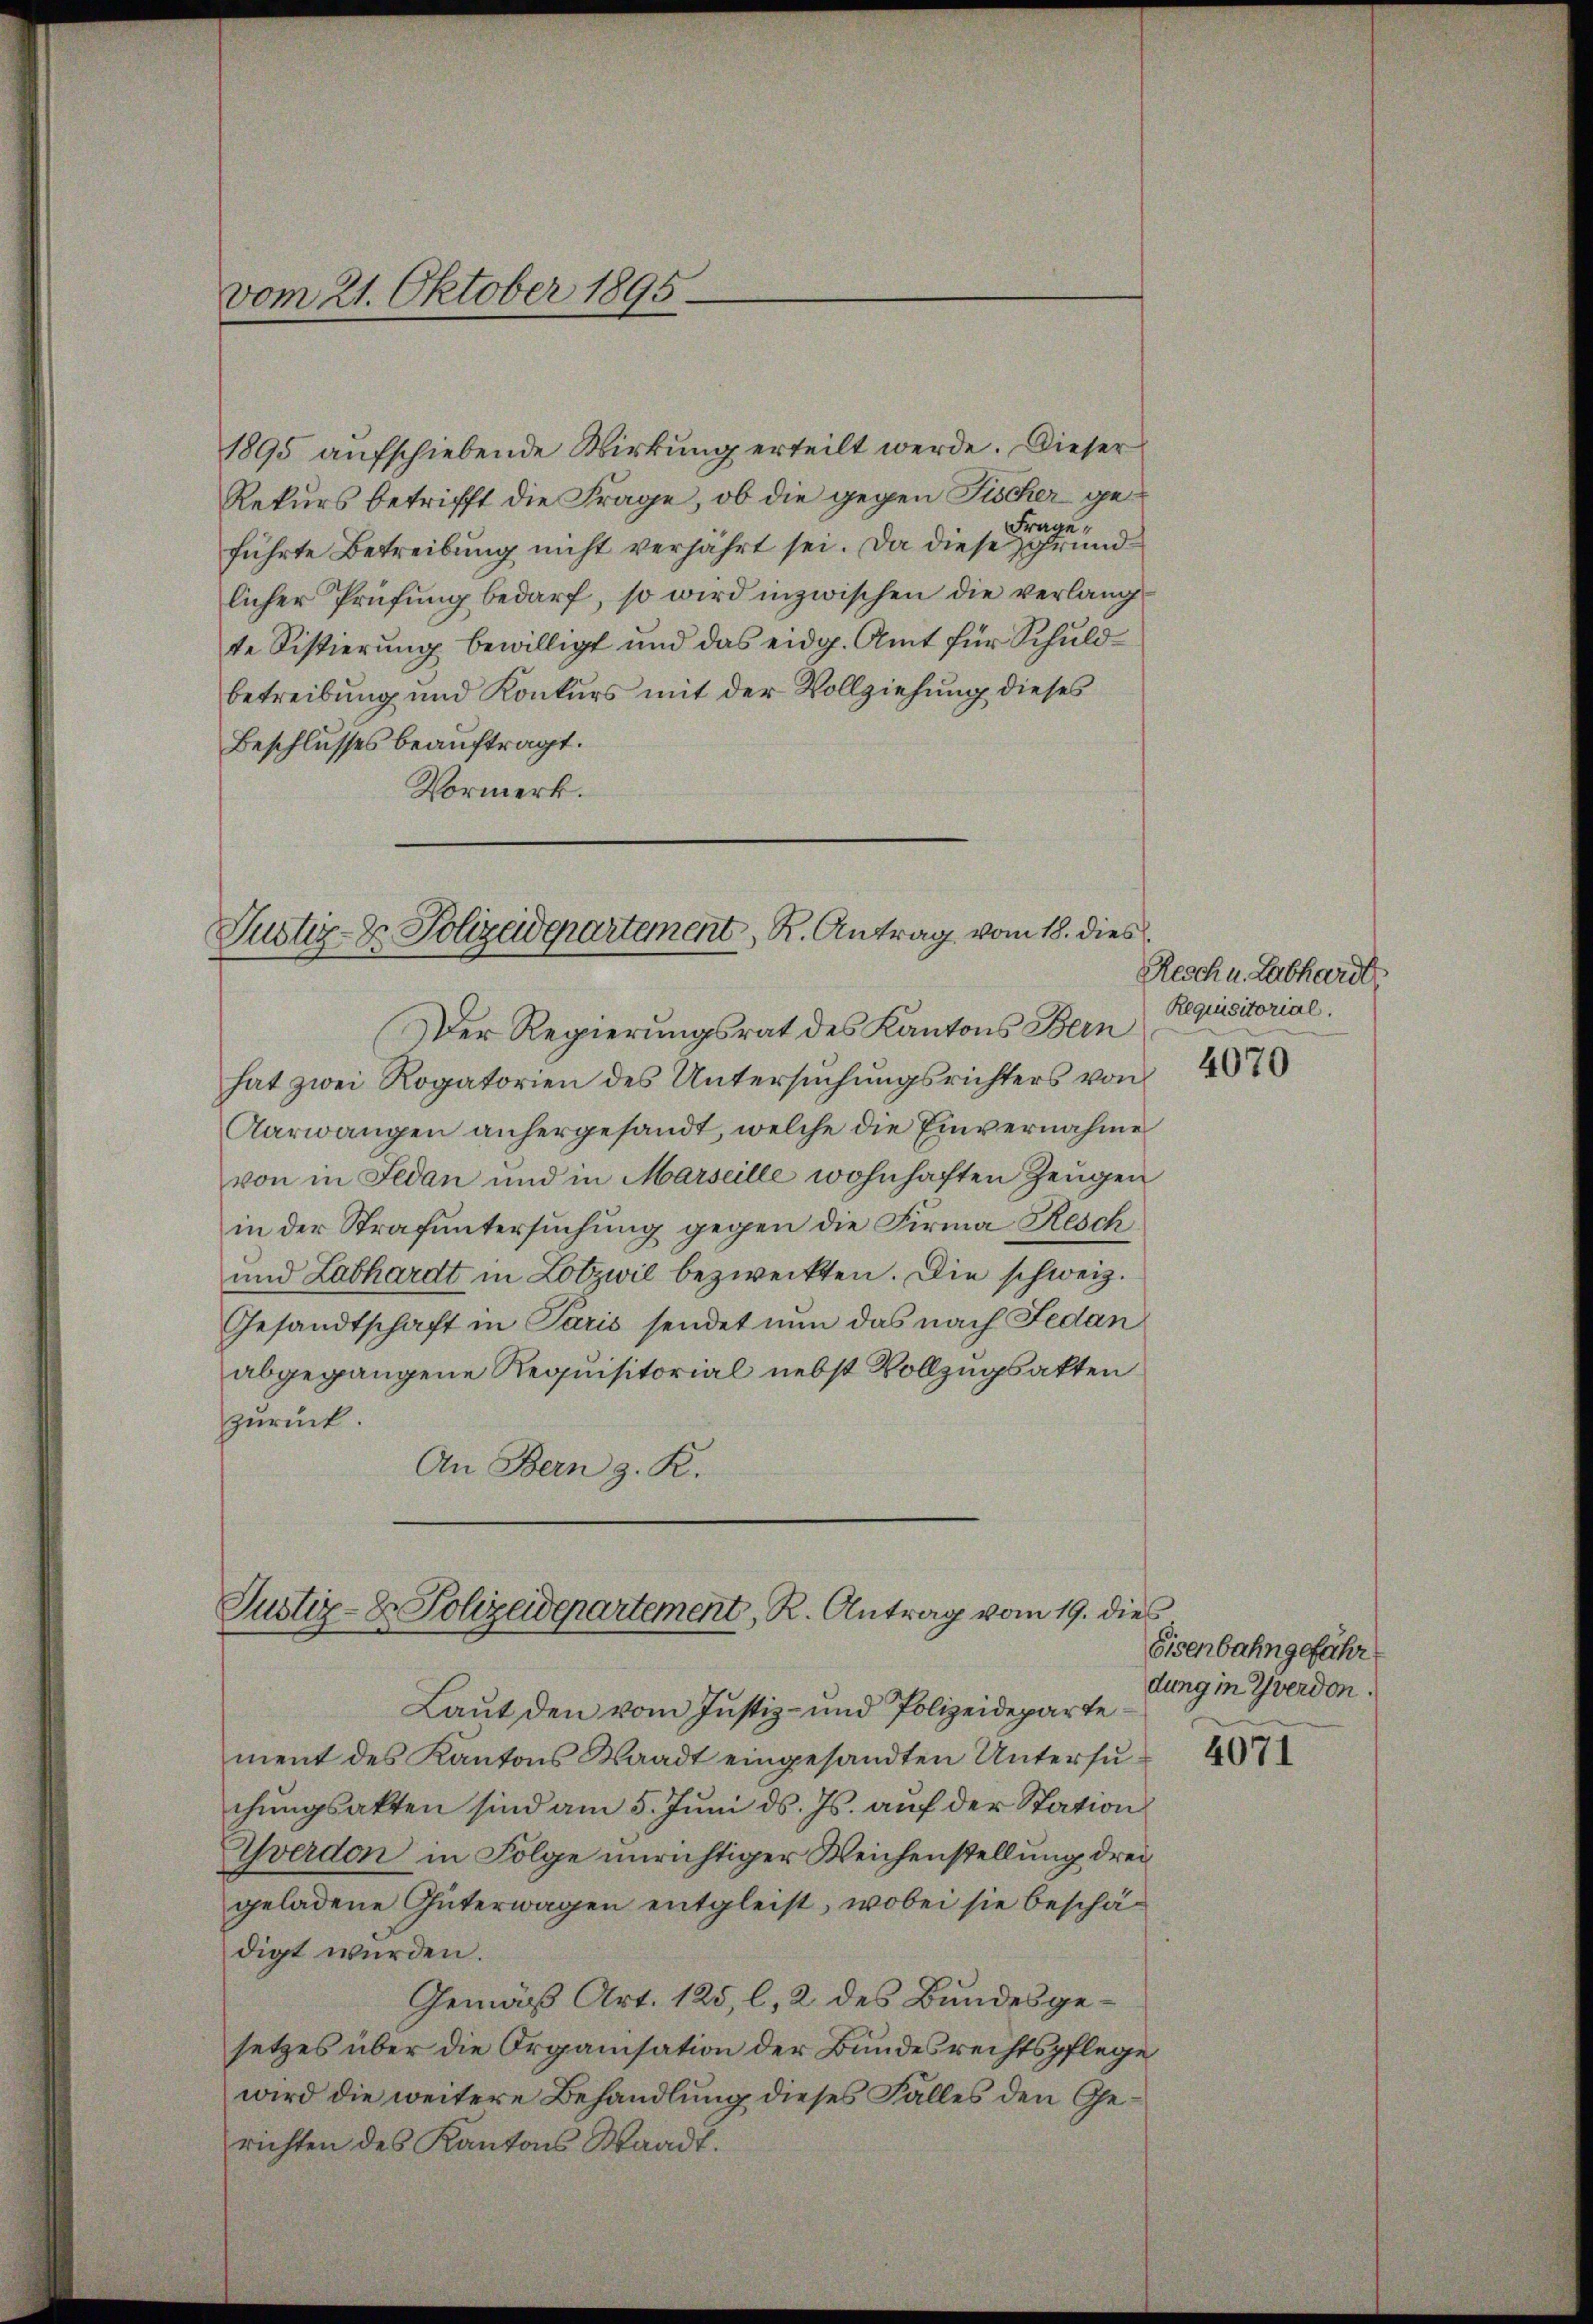
vom 21. Oktober 1895

1895 aufschiebende Wirkung erteilt werde. Dieser
Rekurs betrifft die Frage, ob die gegen Fischer ge¬
Frage,
führte Betreibung nicht verfahrt sei. Da diese Grund
licher Prüfung bedarf, so wird inzwischen die verlangte Sistierung bewilligt und das eidg. Amt für Schuldbetreibung und Konkurs mit der Vollziehung dieses
Beschlusses beauftragt.
Vormerk.

Justiz- & Polizeidepartement, R. Antrag vom 18. dies

Der Regierungsrat des Kantons Bern
hat zwei Rogatorien des Untersuchungsrichters von
Aarwangen anhergesandt, welche die Einvernahme
von in Fedan und in Marseille wohnhaften Zeugen
in der Strafuntersuchung gegen die Firma Resch
und Labhardt in Lotzwil bezweckten. Die schweiz.
Gesandtschaft in Paris sendet nun das nach Fedan
abgegangene Requisitorial nebst Vollzugsakten
zurück.
An Bern z. K.

Justiz- & Polizeidepartement, R. Antrag vom 19. dies

Laut den vom Justiz- und Polizeidepartement des Kantons Staadt eingesandten Untersuchungsakten sind am 5. Juni d. Js. auf der Station
Wverdon in Folge unrichtiger Weichenstellung drei
geladene Güterwagen entgleist, wobei sie beschädigt würden.
Gemäß Art. 125, l. 2 des Bundesgesetzes über die Organisation der Bundesrechtspflege
wird die weitere Behandlung dieses Falles den Gerichten des Kantons Waadt.

Resch u. Labhardt
Requisitorial.
4070

Eisenbahngeführ
dung in Yverdon.

4071